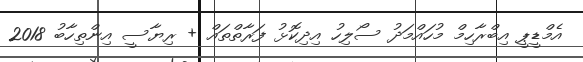
އެމްޑީޕީ އިބްރާހިމް މުހައްމަދު ސޯލިހު އިދިކޮޅު ފަރާތްތައް + ރިޔާސީ އިންތިހާބު 2018